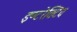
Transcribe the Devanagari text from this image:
इण्टरेक्टिव